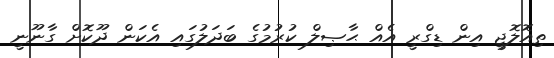
ތިއޮލޮޖީ އިން ޑިގްރީ އެއް ޙާޞިލް ކުރުމުގެ ބަދަލުގައި އެކަން ދޫކޮށް ގާނޫނީ